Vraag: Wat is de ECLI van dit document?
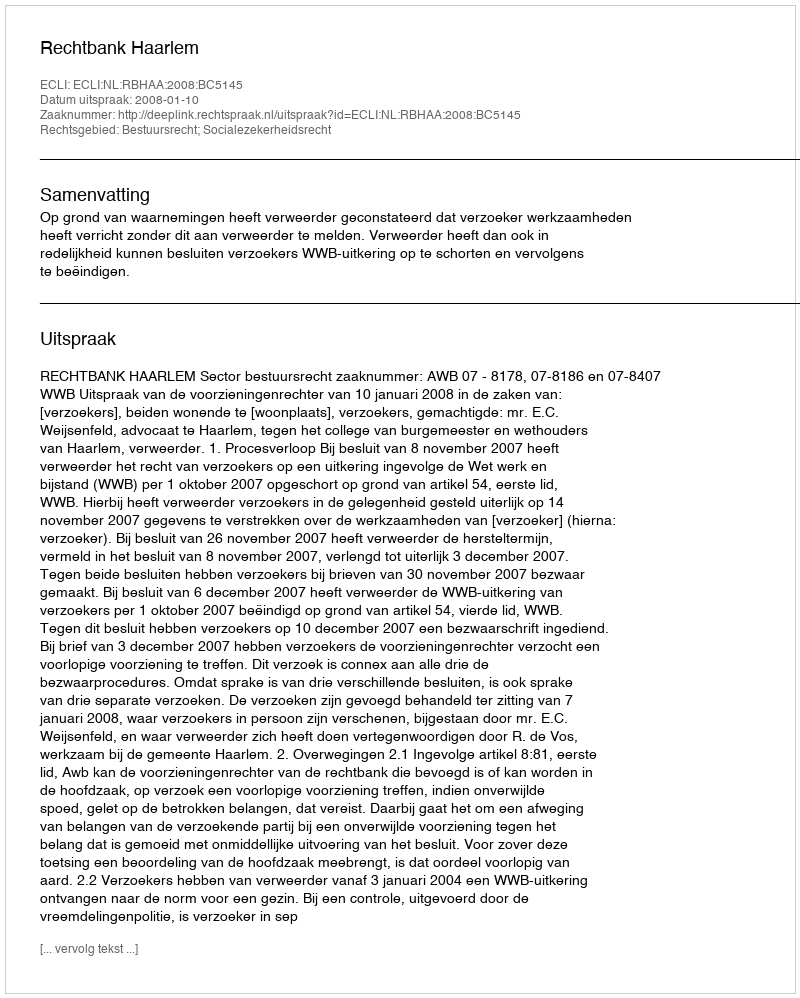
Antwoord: ECLI:NL:RBHAA:2008:BC5145